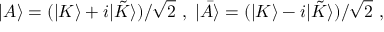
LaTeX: | A \rangle = ( | K \rangle + i | { \tilde { K } } \rangle ) / \sqrt { 2 } \ , \ | { \bar { A } } \rangle = ( | K \rangle - i | { \tilde { K } } \rangle ) / \sqrt { 2 } \ ,